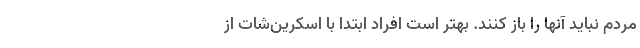
مردم نباید آنها را باز کنند. بهتر است افراد ابتدا با اسکرین‌شات از